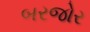
બરજોર